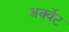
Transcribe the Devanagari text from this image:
अर्क्वेट